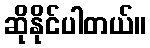
ဆိုနိုင်ပါတယ်။